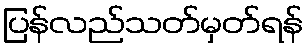
ပြန်လည်သတ်မှတ်ရန်